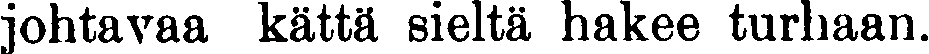
johtavaa kättä sieltä hakee turhaan.